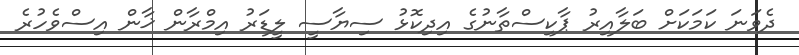
ދެވަނަ ކަމަކަށް ބަލާއިރު ޕާކިސްތާނުގެ އިދިކޮޅު ސިޔާސީ ލީޑަރު އިމްރާން ޚާން އިސްވެހުރެ